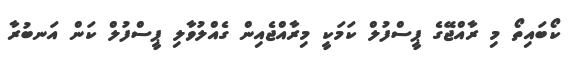
ކޯބައިތޯ މި ރާއްޖޭގެ ޕީސްފުލް ކަމަކީ މިރާއްޖެއިން ގެއްލުވާލި ޕީސްފުލް ކަން އަނބުރާ